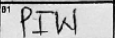
Transcription: PIW